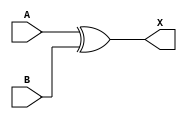
`timescale 1ps/1ps
module cell_xor2
(
    input wire A,
    input wire B,
    output wire X
);
    assign X = A ^ B;
endmodule